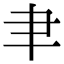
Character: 𦘒